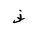
Letter: _zay